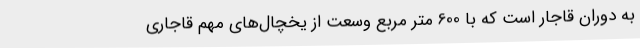
به دوران قاجار است که با 600 متر مربع وسعت از یخچال‌های مهم قاجاری